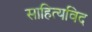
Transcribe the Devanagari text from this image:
साहित्यविद